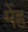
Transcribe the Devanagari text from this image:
मेंह